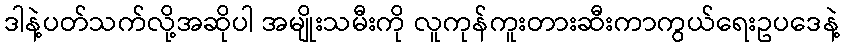
ဒါနဲ့ပတ်သက်လို့အဆိုပါ အမျိုးသမီးကို လူကုန်ကူးတားဆီးကာကွယ်ရေးဥပဒေနဲ့